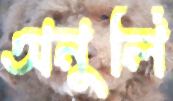
অনুলি